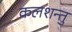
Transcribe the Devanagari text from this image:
कलशन्तु